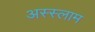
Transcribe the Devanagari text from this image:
अस्‍स्‍लाम